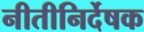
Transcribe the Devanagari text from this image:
नीतीनिर्देषक